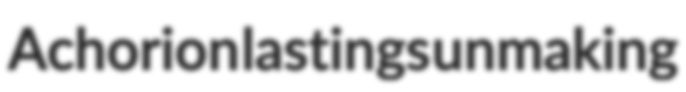
Achorion lastings unmaking